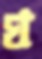
ঘ